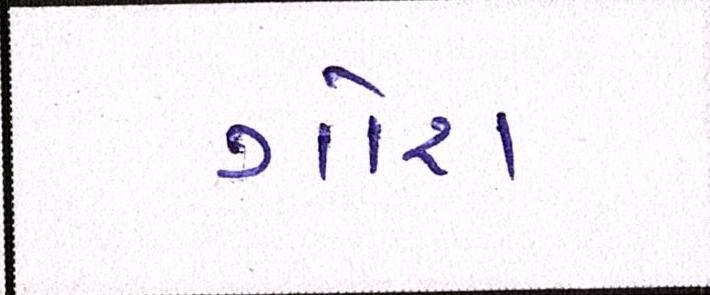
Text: ગોરા